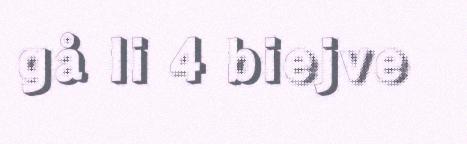
gå li 4 biejve